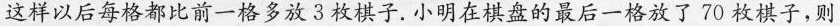
这样以后每格都比前一格多放3枚棋子。小明在棋盘的最后一格放了70枚棋子，则